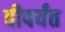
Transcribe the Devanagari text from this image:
वीपर्यंत